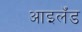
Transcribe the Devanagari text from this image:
आइलॅंड